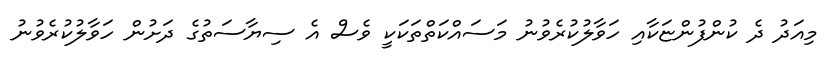
މިއަދު ދެ ކުންފުންޏަކާއި ހަވާލުކުރެވުނު މަސައްކަތްތަކަކީ ވެސް އެ ސިޔާސަތުގެ ދަށުން ހަވާލުކުރެވުނު